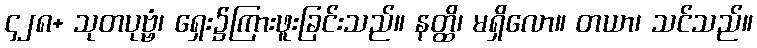
၄၂၈+ သုတပုဗ္ဗံ၊ ရှေး၌ကြားဖူးခြင်းသည်။ နတ္ထိ၊ မရှိလော။ တယာ၊ သင်သည်။